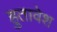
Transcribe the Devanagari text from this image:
हुतावेश